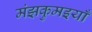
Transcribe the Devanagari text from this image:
मंझकुमइयाँ